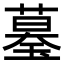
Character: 𦻒